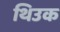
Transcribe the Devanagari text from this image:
थिउक